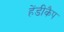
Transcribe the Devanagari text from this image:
हेंडीकैप